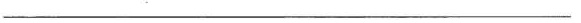
___